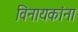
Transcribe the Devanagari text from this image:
विनायकांना